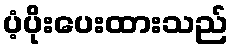
ပံ့ပိုးပေးထားသည်